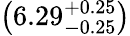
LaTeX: \left(6.29_{-0.25}^{+0.25}\right)